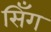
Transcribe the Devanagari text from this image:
सिँग